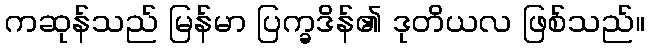
ကဆုန်သည် မြန်မာ ပြက္ခဒိန်၏ ဒုတိယလ ဖြစ်သည်။